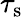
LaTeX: \tau_{\mathrm{s}}